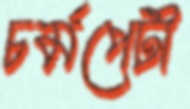
চর্মপেটী